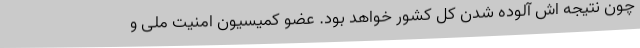
چون نتیجه اش آلوده شدن کل کشور خواهد بود. عضو کمیسیون امنیت ملی و